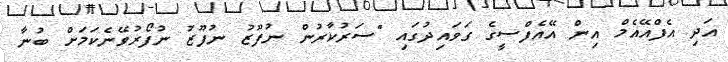
އަދި އެފްއޭއެމް އިން އޭއެފްސީގެ ގަވައިދުގައި "ސަރުކާރުން ނުފޫޒު ނުފޫޒު ނުފޯރުވޭނެކަމަށް ބުނާ